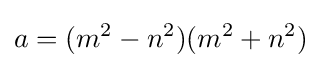
a=(m^{2}-n^{2})(m^{2}+n^{2})